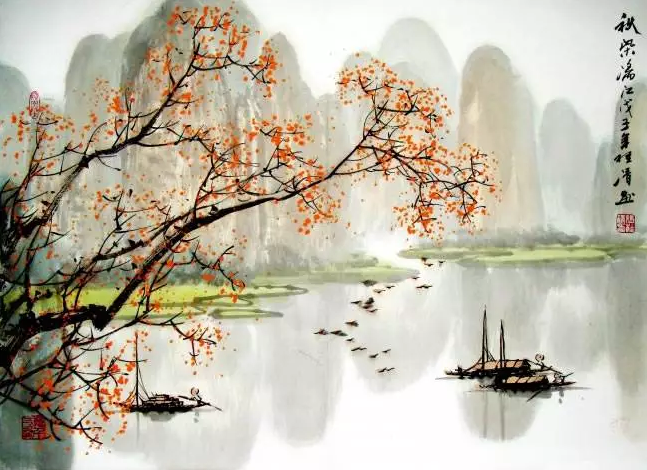
万事莫贵于义。